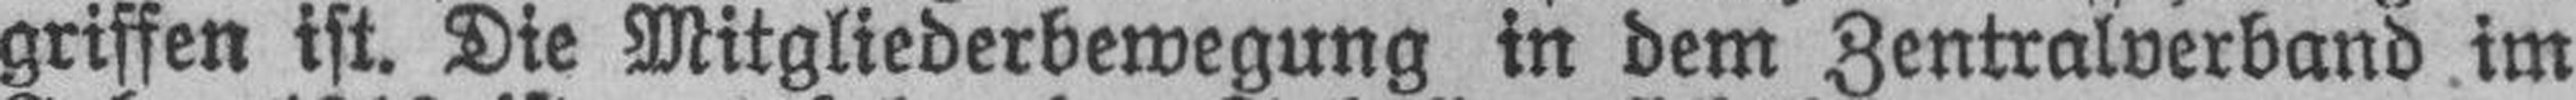
griffen ist. Die Mitgliederbewegung in dem Zentralverband im